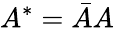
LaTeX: A^{*}=\bar{A}A